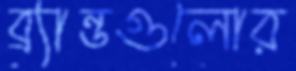
ব্র্যান্ডগুলোর